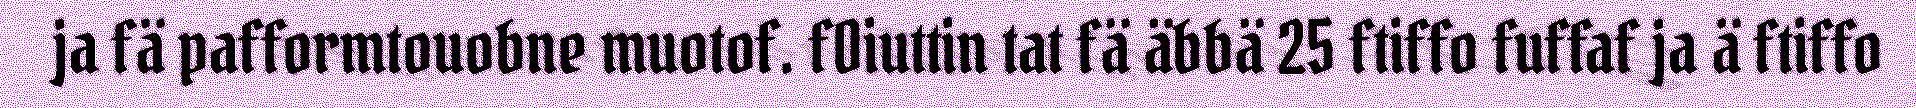
ja fä pafformtouobne muotof. fOiuttin tat fä äbbä 25 ftiffo fuffaf ja ä ftiffo